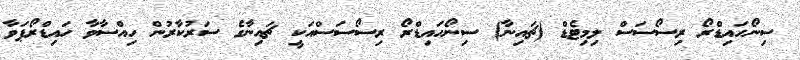
ސިނޯހައިޑްރޯ ރިސޯސަސް ލިމިޓެޑް (ޗައިނާ) ސިނޯހައިޑްރޯ ރިސޯސަސްއަކީ ޗައިނާގެ ސަރުކާރުން ހިއްސާވާ ހައިޑްރޯޕަވާ